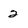
Character: 2